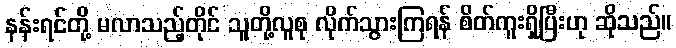
နန်းရင်တို့ မလာသည့်တိုင် သူတို့လူစု လိုက်သွားကြရန် စိတ်ကူးရှိပြီးဟု ဆိုသည်။